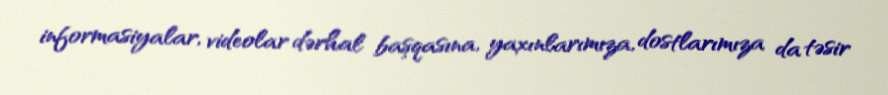
informasiyalar, videolar dərhal başqasına, yaxınlarımıza, dostlarımıza da təsir